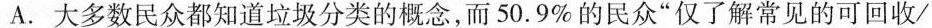
A.大多数民众都知道垃圾分类的概念，而50.9%的民众”仅了解常见的可回收/